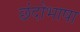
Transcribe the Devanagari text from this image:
छंदोभाषा